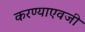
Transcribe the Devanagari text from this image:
करण्याएवजी